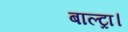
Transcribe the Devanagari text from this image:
बाल्ट्रा।